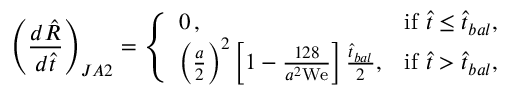
\left( \frac { d \hat { R } } { d \hat { t } } \right) _ { J A 2 } = \left\{ \begin{array} { l l } { 0 \, , } & { \mathrm { i f ~ } \hat { t } \le \hat { t } _ { b a l } , } \\ { \left( \frac { a } { 2 } \right) ^ { 2 } \left[ 1 - \frac { 1 2 8 } { a ^ { 2 } \mathrm { W e } } \right] \frac { \hat { t } _ { b a l } } { 2 } , } & { \mathrm { i f ~ } \hat { t } > \hat { t } _ { b a l } , } \end{array} \right.